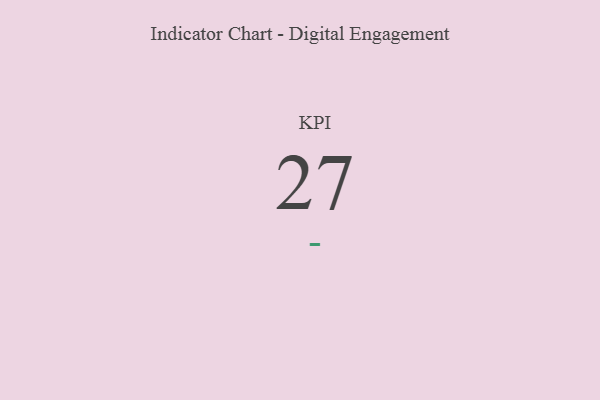
{"axis": {"x": "KPI", "y": "Value"}, "legend": [""], "data": [{"x": "KPI", "y": 27, "type": ""}]}